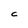
Character: C